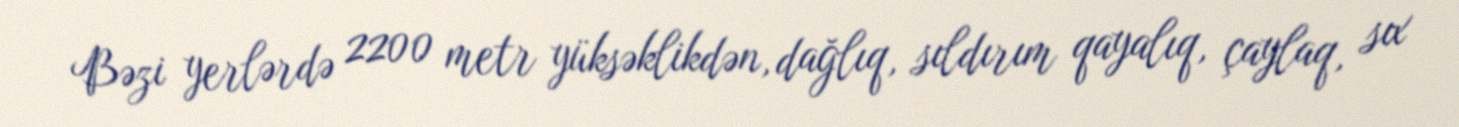
Bəzi yerlərdə 2200 metr yüksəklikdən, dağlıq, sıldırım qayalıq, çaylaq, sıx